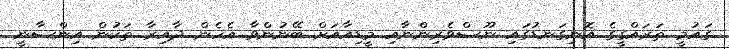
ގައުމީ ތަރައްގީގެ އޮނިގަނޑުގައި ނޫސްވެރިންނާއި މީޑިއާއަށް ބޭނުންވާ އެހެން ދާއިރާ ތަކުން އިންސާނީ